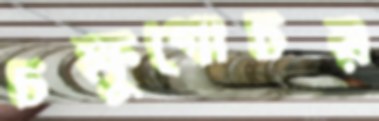
চক্ষুগোচর